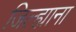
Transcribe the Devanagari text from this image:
जिल्ह्याना